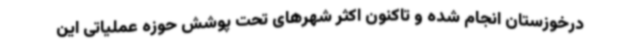
درخوزستان انجام شده و تاکنون اکثر شهرهای تحت پوشش حوزه عملیاتی این